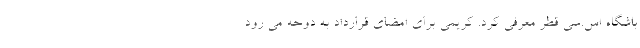
باشگاه اس.سی قطر معرفی کرد. کریمی برای امضای قرارداد به دوحه می رود